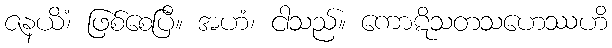
ဇနယိံ၊ ဖြစ်စေပြီ။ အဟံ၊ ငါသည်။ ကောဋိသတသဟေဿဟိ